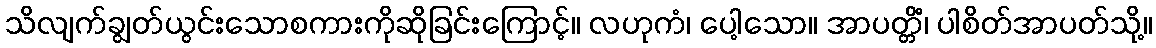
သိလျက်ချွတ်ယွင်းသောစကားကိုဆိုခြင်းကြောင့်။ လဟုကံ၊ ပေါ့သော။ အာပတ္တိံ၊ ပါစိတ်အာပတ်သို့။